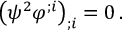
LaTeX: \big ( \psi ^ { 2 } \varphi ^ { ; i } \big ) _ { ; i } = 0 \, .